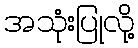
အသုံးပြုလို့